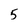
Character: 5